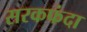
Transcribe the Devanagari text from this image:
सरकफंदा